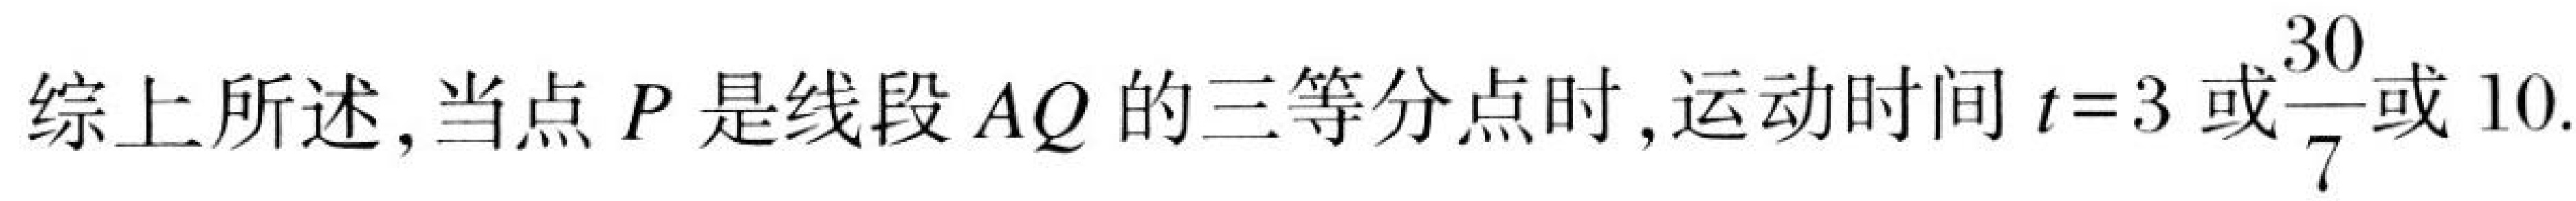
综上所述,当点 \(P\) 是线段 \(AQ\) 的三等分点时,运动时间 \(t = 3\) 或\(\frac{30}{7}\)或 \(10\).